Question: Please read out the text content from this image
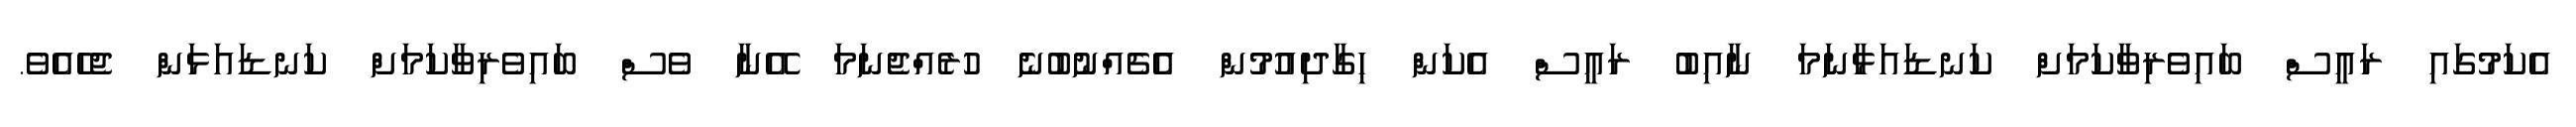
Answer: އެކަމުގައި ރައީސް ބައިވެރިވާކަމަށް ކަނޑައަޅާނަމަ ނާއިބު ރައީސް އެކަން ހިގާދިއުމުން އެެޗެއްނުބުނެ ހުރެއްޖެނަމަ އޭނާ ވެސް ބައިވެރިވާކަމަށް ކަނޑައަޅަން ޖެހެއެވެ.